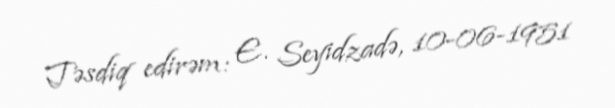
Təsdiq edirəm: E. Seyidzadə, 10-06-1951